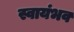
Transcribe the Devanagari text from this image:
स्वायंभव